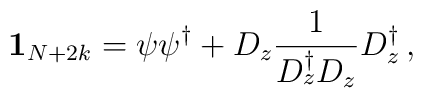
\textbf{1}_{N+2k}=\psi\psi^{\dagger}+D_z\frac{1}{ D^{\dagger}_zD_z}D^{\dagger}_z\,,